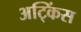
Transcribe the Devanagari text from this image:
अट्किंस